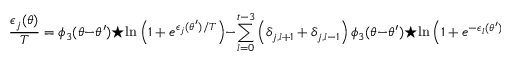
{ \frac { \epsilon _ { j } ( \theta ) } { T } } = \phi _ { 3 } ( \theta - \theta ^ { \prime } ) \star \ln \left( 1 + e ^ { \epsilon _ { j } ( \theta ^ { \prime } ) / T } \right) - \sum _ { l = 0 } ^ { t - 3 } \left( \delta _ { j , l + 1 } + \delta _ { j , l - 1 } \right) \phi _ { 3 } ( \theta - \theta ^ { \prime } ) \star \ln \left( 1 + e ^ { - \epsilon _ { l } ( \theta ^ { \prime } ) / T } \right)